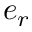
e _ { r }